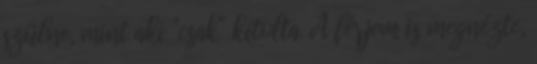
szülne, mint aki "csak" kitolta. A férjem is megnézte,